system: You are a helpful assistant.
user:
Analyze the provided spectrum to determine if it is a **"Cataclysmic Variables (CV)"**.

- **Key Indicators for CV (Check for either state):**
    - **State 1: Quiescent / Low-State (Emission-Dominated)**
        - **(Primary):** Strong and *very broad* Hydrogen Balmer emission lines (e.g., $H\alpha$ at 6563 Å, $H\beta$ at 4861 Å). The 'broadness' (high velocity dispersion, often FWHM > 1000 km/s) is the key diagnostic, indicating a high-velocity accretion disk.
        - **(Secondary):** Broad neutral Helium (He I) emission lines (e.g., 5876 Å, 6678 Å).
        - **(Key Confirmation):** Presence of high-excitation *ionized* Helium (He II) emission at 4686 Å. This is a strong indicator of accretion onto a white dwarf.
        - **(Line Profile):** Emission lines may exhibit a 'double-peaked' profile, which is a classic signature of a rotating accretion disk viewed at high inclination.

    - **State 2: Outburst / High-State (Absorption-Dominated)**
        - **(Primary):** Spectrum is dominated by a bright, blue continuum (looks like a hot star).
        - **(Secondary):** The emission lines from State 1 are weak, absent, or 'filled in', and are replaced by broad, shallow *absorption* lines (primarily Balmer and He I).
        - **(Morphology):** The overall spectrum mimics a hot B/A-type star. The crucial difference is that the absorption lines are significantly broader, shallower, and more 'washed-out' (or 'smeared') than the sharp lines of a normal stellar photosphere, due to high rotational speeds and pressure broadening in the disk.

Think first, call **spectral_visualization_tool** if needed to examine features in detail, then provide your final answer. Your response must adhere to the following strict rules:
1.  **Overall Structure:** Your response must follow the format `<think>...</think> <tool_call>...</tool_call> (if a tool is used) <answer>...</answer>`.
2.  **Tool Usage Constraint:** You may only make **one** tool call per turn.
3.  **Final Answer Format:** In the `<answer>` tag, your conclusion must be inside a `\boxed{}` command (e.g., `\boxed{YES}`), followed by your justification.

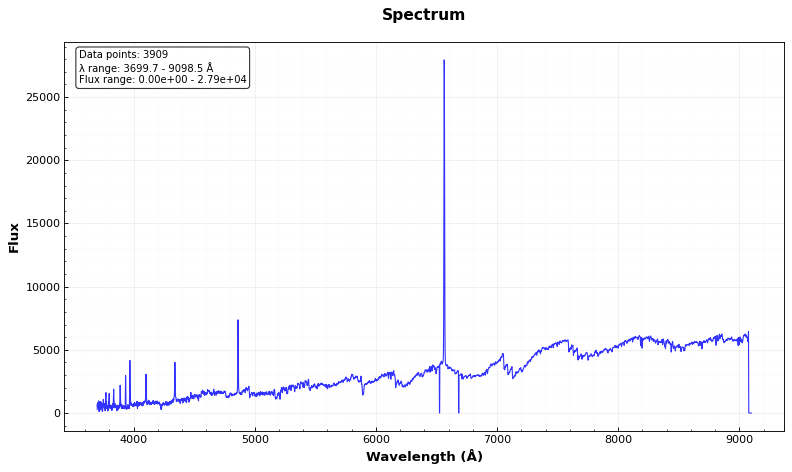
Answer: NO